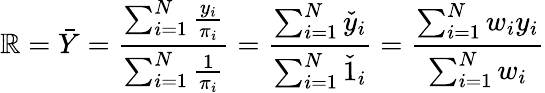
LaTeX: \mathbb{R}={\bar{{Y}}}={\frac{{\sum_{i=1}^{N}{\frac{{y_{i}}}{{\pi_{i}}}}}}{{\sum_{i=1}^{N}{\frac{{1}}{{\pi_{i}}}}}}}={\frac{{\sum_{i=1}^{N}{\check{{y}}}_{i}}}{{\sum_{i=1}^{N}{\check{{1}}}_{i}}}}={\frac{{\sum_{i=1}^{N}w_{i}y_{i}}}{{\sum_{i=1}^{N}w_{i}}}}